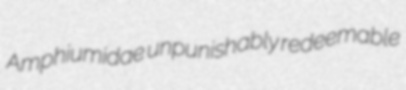
Amphiumidae unpunishably redeemable